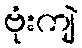
ဗုံးကျဲ